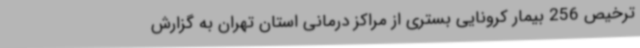
ترخیص 256 بیمار کرونایی بستری از مراکز درمانی استان تهران به گزارش